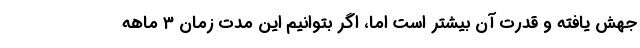
جهش یافته و قدرت آن بیشتر است اما، اگر بتوانیم این مدت زمان ۳ ماهه